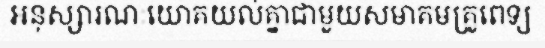
អនុស្សារណៈយោគយល់គ្នាជាមួយសមាគមគ្រូពេទ្យ